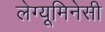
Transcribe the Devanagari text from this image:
लेग्यूमिनेसी